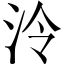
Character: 泠